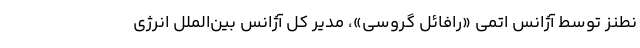
نطنز توسط آژانس اتمی «رافائل گروسی»، مدیر کل آژانس بین‌الملل انرژی